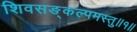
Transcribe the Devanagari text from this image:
शिवसङ्कल्पमस्तु॥१॥